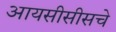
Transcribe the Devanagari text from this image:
आयसीसीसचे